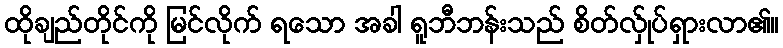
ထိုချည်တိုင်ကို မြင်လိုက် ရသော အခါ ရူဘီဘန်းသည် စိတ်လ်ှုပ်ရှားလာ၏။